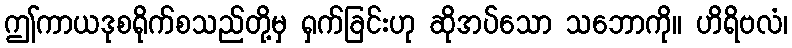
ဤကာယဒုစရိုက်စသည်တို့မှ ရှက်ခြင်းဟု ဆိုအပ်သော သဘောကို။ ဟိရိဗလံ၊